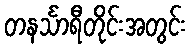
တနင်္သာရီတိုင်းအတွင်း